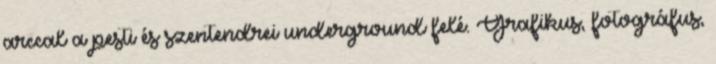
arccal a pesti és szentendrei underground felé. Grafikus, fotográfus,